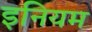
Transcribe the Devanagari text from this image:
इनियम